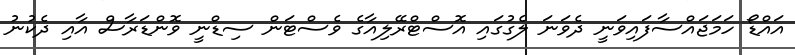
އައްޑޯ ހަމަޖައްސާފައިވަނީ ދެވަނަ ލެގުގައި އޮސްޓްރޭލިއާގެ ވެސްޓަން ސިޑްނީ ވޮންޑަރާސް އާއި ދެކުނު